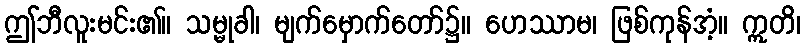
ဤဘီလူးမင်း၏။ သမ္မုခါ၊ မျက်မှောက်တော်၌။ ဟေဿာမ၊ ဖြစ်ကုန်အံ့။ ဣတိ၊